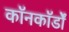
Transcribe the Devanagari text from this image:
कॉनकॉर्डों